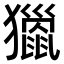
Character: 𤢪